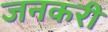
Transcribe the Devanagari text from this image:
जनकरी